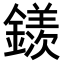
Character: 𨬢